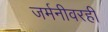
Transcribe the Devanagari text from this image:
जर्मनीवरही